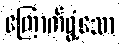
ကြောက်ရွံ့သော